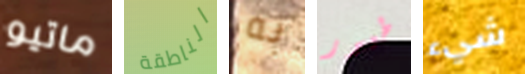
ماتيو الناطقة به طيور شيء